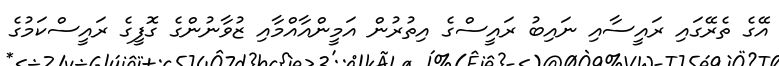
އޭގެ ތެރޭގައި ރައީސާއި ނައިބު ރައީސްގެ އިތުރުން އަމީންއާއްމާއި ޒުވާނުންގެ ގޮފީގެ ރައީސްކަމުގެ